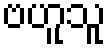
ဗဟူသူ